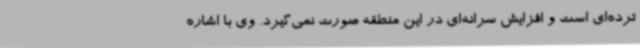
ترده‌ای است و افزایش سرانه‌ای در این منطقه صورت نمی‌گیرد. وی با اشاره